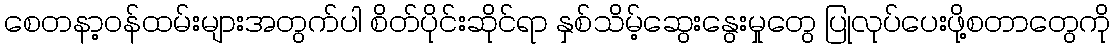
စေတနာ့ဝန်ထမ်းများအတွက်ပါ စိတ်ပိုင်းဆိုင်ရာ နှစ်သိမ့်ဆွေးနွေးမှုတွေ ပြုလုပ်ပေးဖို့စတာတွေကို